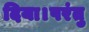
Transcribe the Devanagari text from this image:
दिया।परंतु